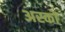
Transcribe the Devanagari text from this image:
अस्को